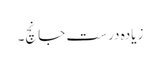
زیادہ درست جانچ۔